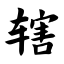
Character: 辖